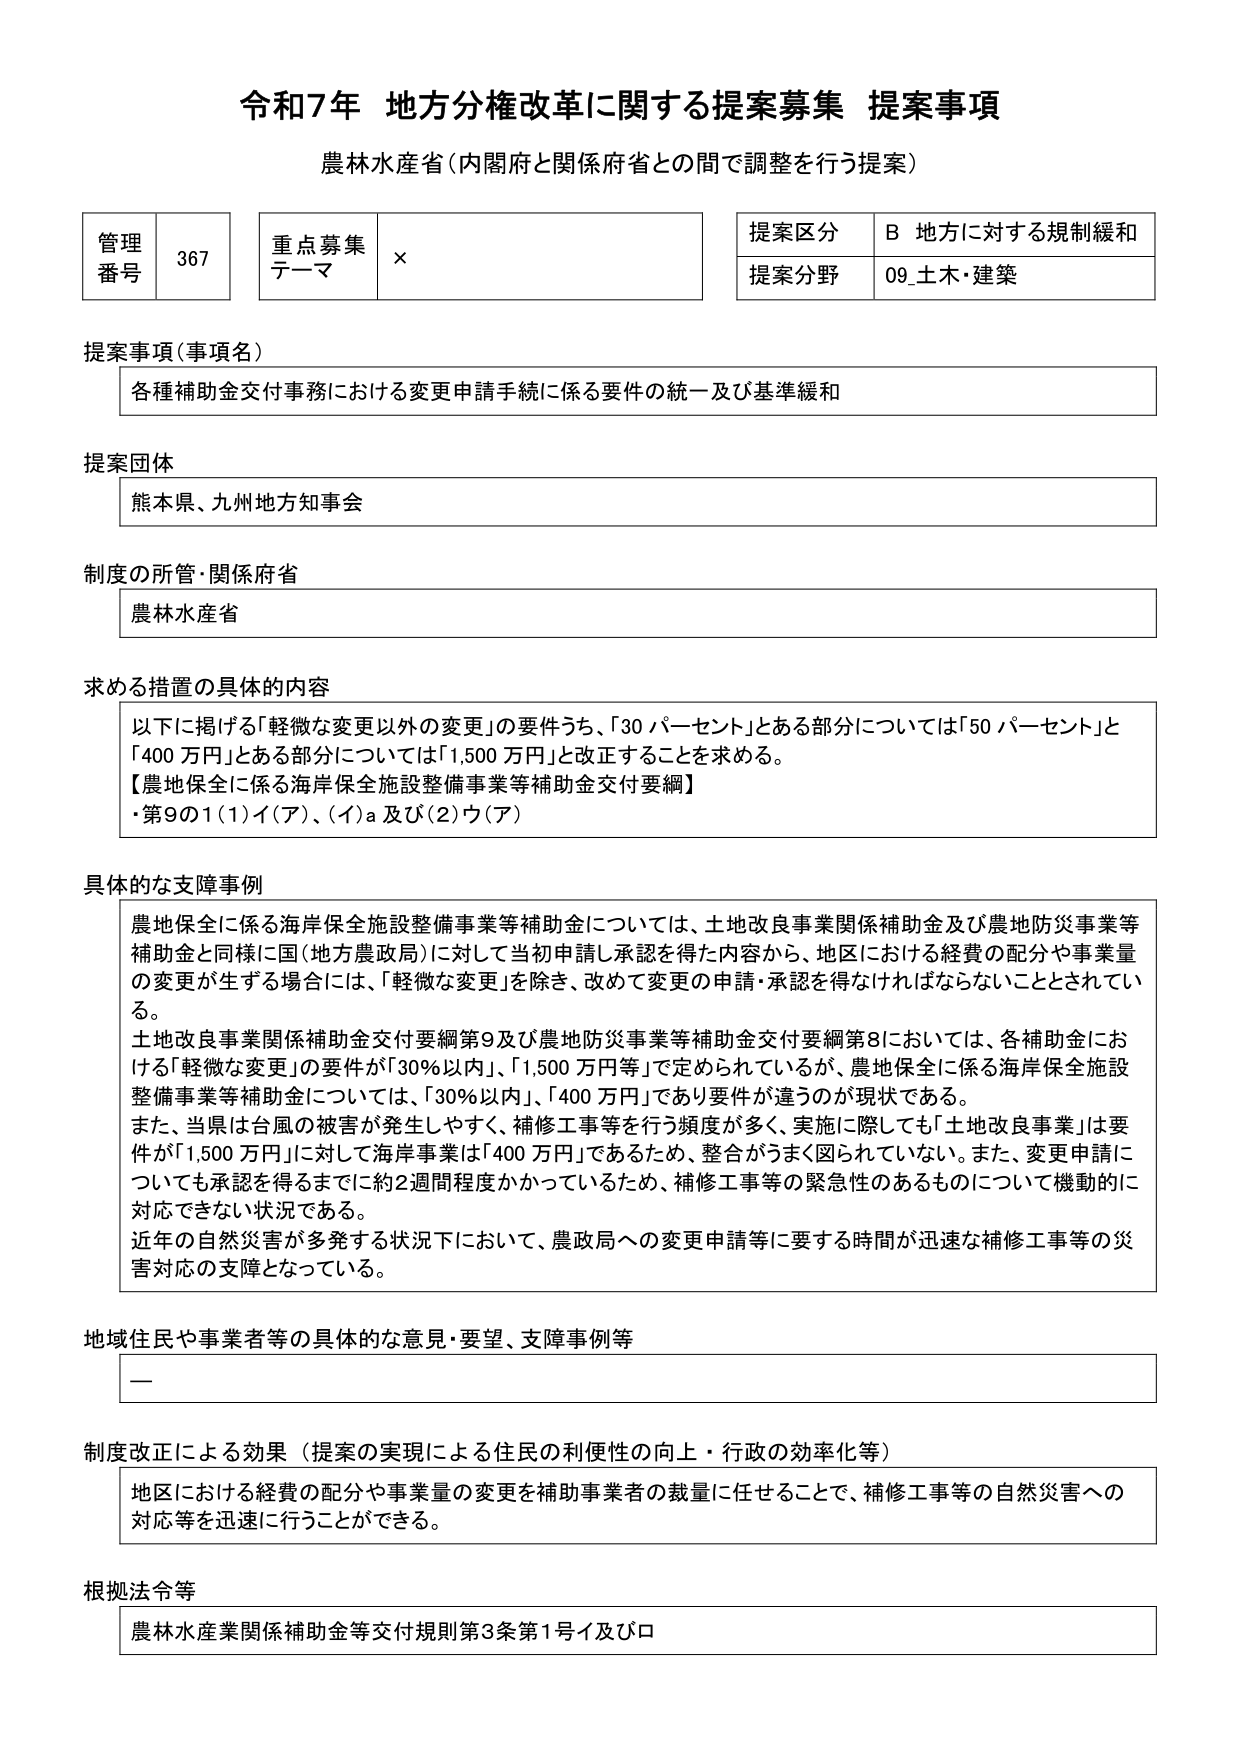
令和7年 地方分権改革に関する提案募集 提案事項
農林水産省（内閣府と関係府省との間で調整を行う提案）

管理番号 367
重点募集テーマ ×
提案区分 B 地方に対する規制緩和
提案分野 09_土木・建築

提案事項（事項名）
各種補助金交付事務における変更申請手続に係る要件の統一及び基準緩和

提案団体
熊本県、九州地方知事会

制度の所管・関係府省
農林水産省

求める措置の具体的内容
以下に掲げる「軽微な変更以外の変更」の要件うち、「30 パーセント」とある部分については「50 パーセント」と
「400 万円」とある部分については「1,500 万円」と改正することを求める。
【農地保全に係る海岸保全施設整備事業等補助金交付要綱】
・第9の1(1)イ(ア)、(イ)a 及び(2)ウ(ア)

具体的な支障事例
農地保全に係る海岸保全施設整備事業等補助金については、土地改良事業関係補助金及び農地防災事業等
補助金と同様に国（地方農政局）に対して当初申請し承認を得た内容から、地区における経費の配分や事業量
の変更が生ずる場合には、「軽微な変更」を除き、改めて変更の申請・承認を得なければならないこととされてい
る。
土地改良事業関係補助金交付要綱第9及び農地防災事業等補助金交付要綱第8においては、各補助金にお
ける「軽微な変更」の要件が「30％以内」、「1,500 万円等」で定められているが、農地保全に係る海岸保全施設
整備事業等補助金については、「30％以内」、「400 万円」であり要件が違うのが現状である。
また、当県は台風の被害が発生しやすく、補修工事等を行う頻度が多く、実施に際しても「土地改良事業」は要
件が「1,500 万円」に対して海岸事業は「400 万円」であるため、整合がうまく図られていない。また、変更申請に
ついても承認を得るまでに約2週間程度かかっているため、補修工事等の緊急性のあるものについて機動的に
対応できない状況である。
近年の自然災害が多発する状況下において、農政局への変更申請等に要する時間が迅速な補修工事等の災
害対応の支障となっている。

地域住民や事業者等の具体的な意見・要望、支障事例等
ー

制度改正による効果（提案の実現による住民の利便性の向上・行政の効率化等）
地区における経費の配分や事業量の変更を補助事業者の裁量に任せることで、補修工事等の自然災害への
対応等を迅速に行うことができる。

根拠法令等
農林水産業関係補助金等交付規則第3条第1号イ及びロ